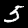
Digit: 5